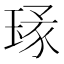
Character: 𱯉